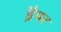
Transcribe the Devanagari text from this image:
ड्रैपर